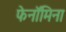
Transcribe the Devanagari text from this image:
फेनॉमिना